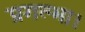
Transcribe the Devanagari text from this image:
प्रगल्भा।